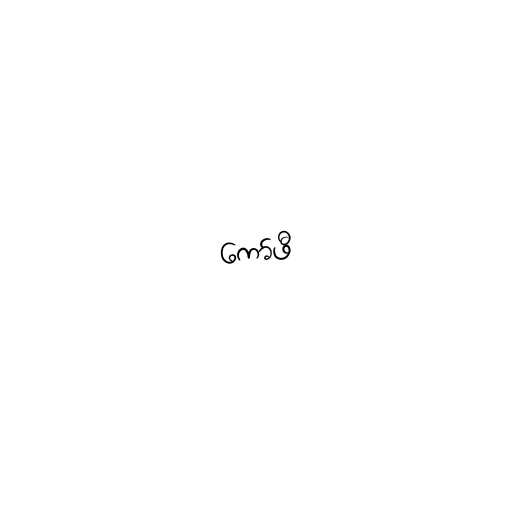
ကော်ဖီ